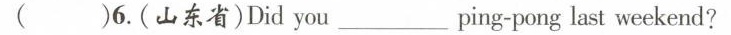
( )6.(山东省)Did you_ ping-pong last weekend?